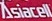
Asiacell